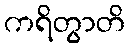
ကရိတွာတိ